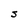
Character: S